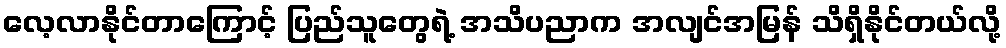
လေ့လာနိုင်တာကြောင့် ပြည်သူတွေရဲ့ အသိပညာက အလျင်အမြန် သိရှိနိုင်တယ်လို့